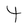
Character: 4